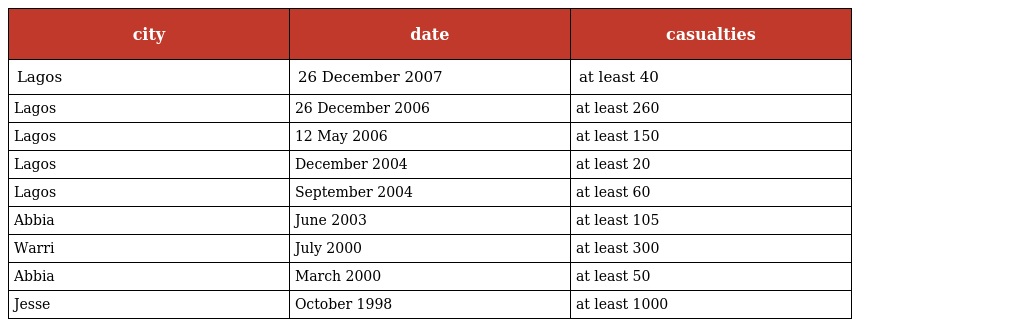
| city | date | casualties |
 | --- | --- | --- |
 | Lagos | 26 December 2007 | at least 40 |
 | Lagos | 26 December 2006 | at least 260 |
 | Lagos | 12 May 2006 | at least 150 |
 | Lagos | December 2004 | at least 20 |
 | Lagos | September 2004 | at least 60 |
 | Abbia | June 2003 | at least 105 |
 | Warri | July 2000 | at least 300 |
 | Abbia | March 2000 | at least 50 |
 | Jesse | October 1998 | at least 1000 |